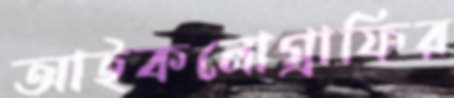
আইকনোগ্রাফির